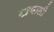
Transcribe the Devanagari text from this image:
खयाली